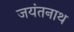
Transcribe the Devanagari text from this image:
जयंतनाथ